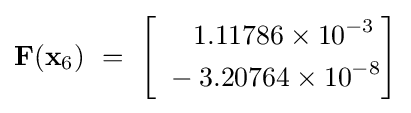
\mathbf {F} (\mathbf {x} _{6})~=~{\begin{bmatrix}{\begin{aligned}~&\quad 1.11786\times 10^{-3}\\~&-3.20764\times 10^{-8}\end{aligned}}\end{bmatrix}}